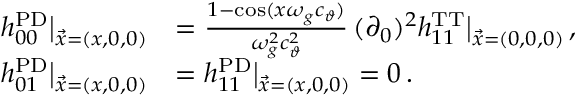
\begin{array} { r l } { h _ { 0 0 } ^ { \mathrm { P D } } \big | _ { \vec { x } = ( x , 0 , 0 ) } } & { = \frac { 1 - \cos ( x \omega _ { g } c _ { \vartheta } ) } { \omega _ { g } ^ { 2 } c _ { \vartheta } ^ { 2 } } \, ( \partial _ { 0 } ) ^ { 2 } h _ { 1 1 } ^ { \mathrm { T T } } \big | _ { \vec { x } = ( 0 , 0 , 0 ) } \, , } \\ { h _ { 0 1 } ^ { \mathrm { P D } } \big | _ { \vec { x } = ( x , 0 , 0 ) } } & { = h _ { 1 1 } ^ { \mathrm { P D } } \big | _ { \vec { x } = ( x , 0 , 0 ) } = 0 \, . } \end{array}